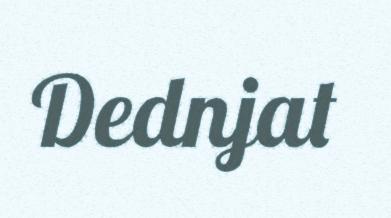
Dednjat